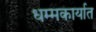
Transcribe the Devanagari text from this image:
धम्मकार्यात